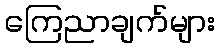
ကြေညာချက်များ